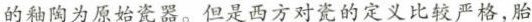
的釉陶为原始瓷器。但是西方对瓷的定义比较严格，胎